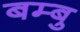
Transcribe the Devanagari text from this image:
बम्बु